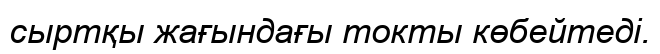
сыртқы жағындағы токты көбейтеді.